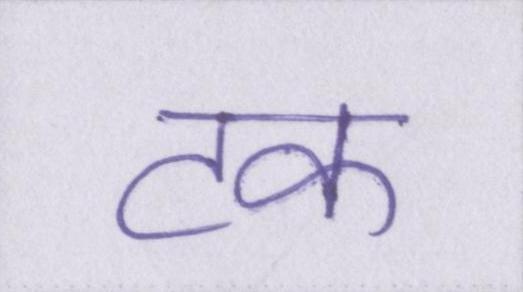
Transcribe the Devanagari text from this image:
टक